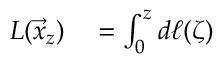
\begin{array} { r l } { L ( \vec { x } _ { z } ) } & { { } = \int _ { 0 } ^ { z } d \ell ( \zeta ) } \end{array}